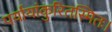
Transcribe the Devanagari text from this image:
पर्यायांकुरितस्मितः।